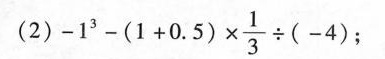
(2) $$-1^{3} - ( 1 + 0.5 ) \times \frac{1}{3} \div ( -4)$$；